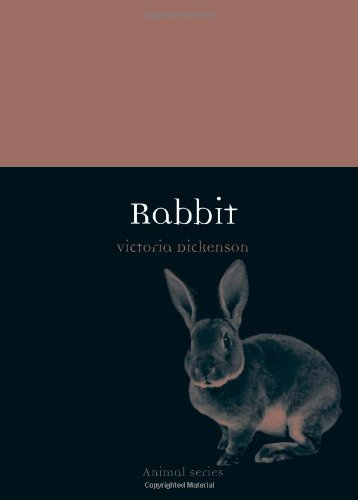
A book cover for Rabbit (Reaktion Books - Animal); Victoria Dickenson; Crafts, Hobbies & Home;